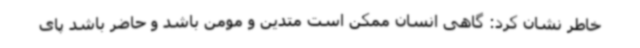
خاطر نشان کرد: گاهی انسان ممکن است متدین و مومن باشد و حاضر باشد پای